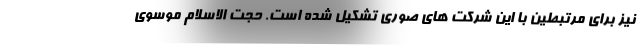
نیز برای مرتبطین با این شرکت های صوری تشکیل شده است. حجت الاسلام موسوی